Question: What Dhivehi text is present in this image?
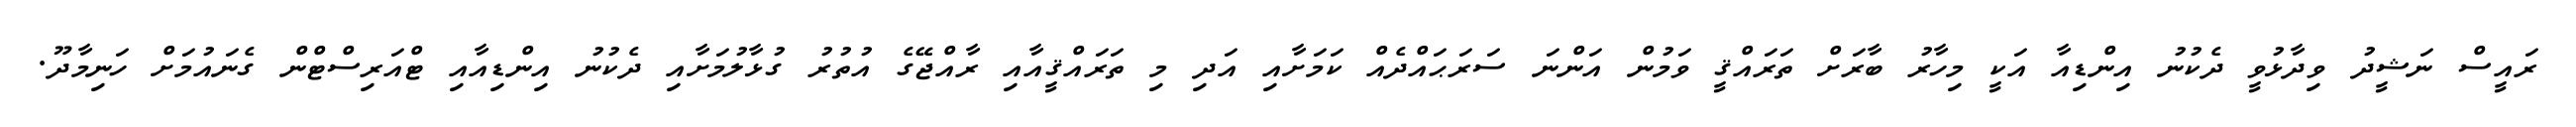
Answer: ރައީސް ނަޝީދު ވިދާޅުވީ ދެކުނު އިންޑިއާ އަކީ މިހާރު ބާރަށް ތަރައްޤީ ވަމުން އަންނަ ސަރަޙައްދެއް ކަމަށާއި އަދި މި ތަރައްޤީއާއި ރާއްޖޭގެ އުތުރު ގުޅާލުމަށާއި ދެކުނު އިންޑިއާއި ޓްއަރިސްޓްން ގެނައުމަށް ހަނިމާދޫ.